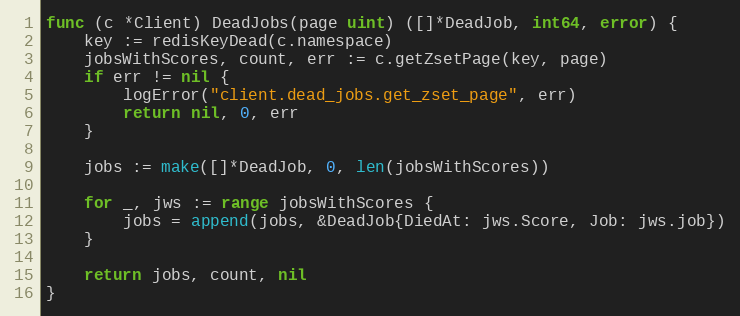
Language: Go
func (c *Client) DeadJobs(page uint) ([]*DeadJob, int64, error) {
	key := redisKeyDead(c.namespace)
	jobsWithScores, count, err := c.getZsetPage(key, page)
	if err != nil {
		logError("client.dead_jobs.get_zset_page", err)
		return nil, 0, err
	}

	jobs := make([]*DeadJob, 0, len(jobsWithScores))

	for _, jws := range jobsWithScores {
		jobs = append(jobs, &DeadJob{DiedAt: jws.Score, Job: jws.job})
	}

	return jobs, count, nil
}